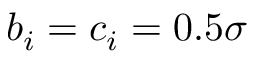
b _ { i } = c _ { i } = 0 . 5 \sigma